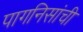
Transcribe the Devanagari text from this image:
पागनिसांची